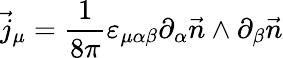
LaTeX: \vec{j}_{\mu}=\frac{1}{8\pi}\varepsilon_{\mu\alpha\beta}\partial_{\alpha}\vec{n}\wedge\partial_{\beta}\vec{n}